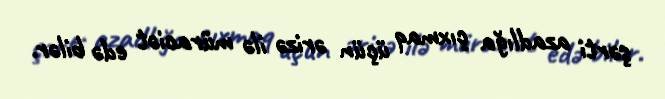
şərti azadlığa çıxmaq üçün ərizə ilə müraciət edə bilər.